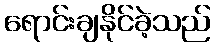
ရောင်းချနိုင်ခဲ့သည်